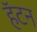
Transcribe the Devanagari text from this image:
हॅटन